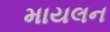
માયલન